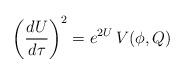
\begin{align*}\left( \frac{dU}{d\tau}\right)^2 =e^{2U} \, V(\phi , Q) \end{align*}